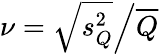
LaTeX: \nu=\left.\sqrt{s_{Q}^{2}}\middle/\overline{{Q}}\right.